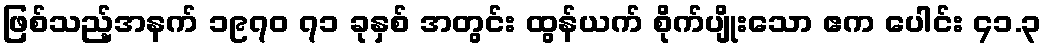
ဖြစ်သည့်အနက် ၁၉၇၀ ၇၁ ခုနှစ် အတွင်း ထွန်ယက် စိုက်ပျိုးသော ဧက ပေါင်း ၄၁.၃